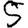
Digit: 5